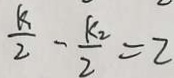
\frac { k } { 2 } - \frac { k _ { 2 } } { 2 } = 2